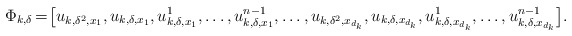
\begin{align*}\Phi_{k,\delta}\!=\!\big[u_{k,\delta^2,x_1},u_{k,\delta,x_1},u^1_{k,\delta,x_1},\ldots,u^{n-1}_{k,\delta,x_1},\ldots,u_{k,\delta^2,x_{d_k}},u_{k,\delta,x_{d_k}},u^1_{k,\delta,x_{d_k}},\ldots,u^{n-1}_{k,\delta,x_{d_k}}\big].\end{align*}